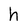
Character: h